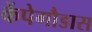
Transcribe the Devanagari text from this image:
केंपेगौडास